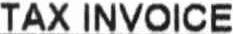
TAX INVOICE